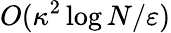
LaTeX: O(\kappa^{2}\log N/\varepsilon)